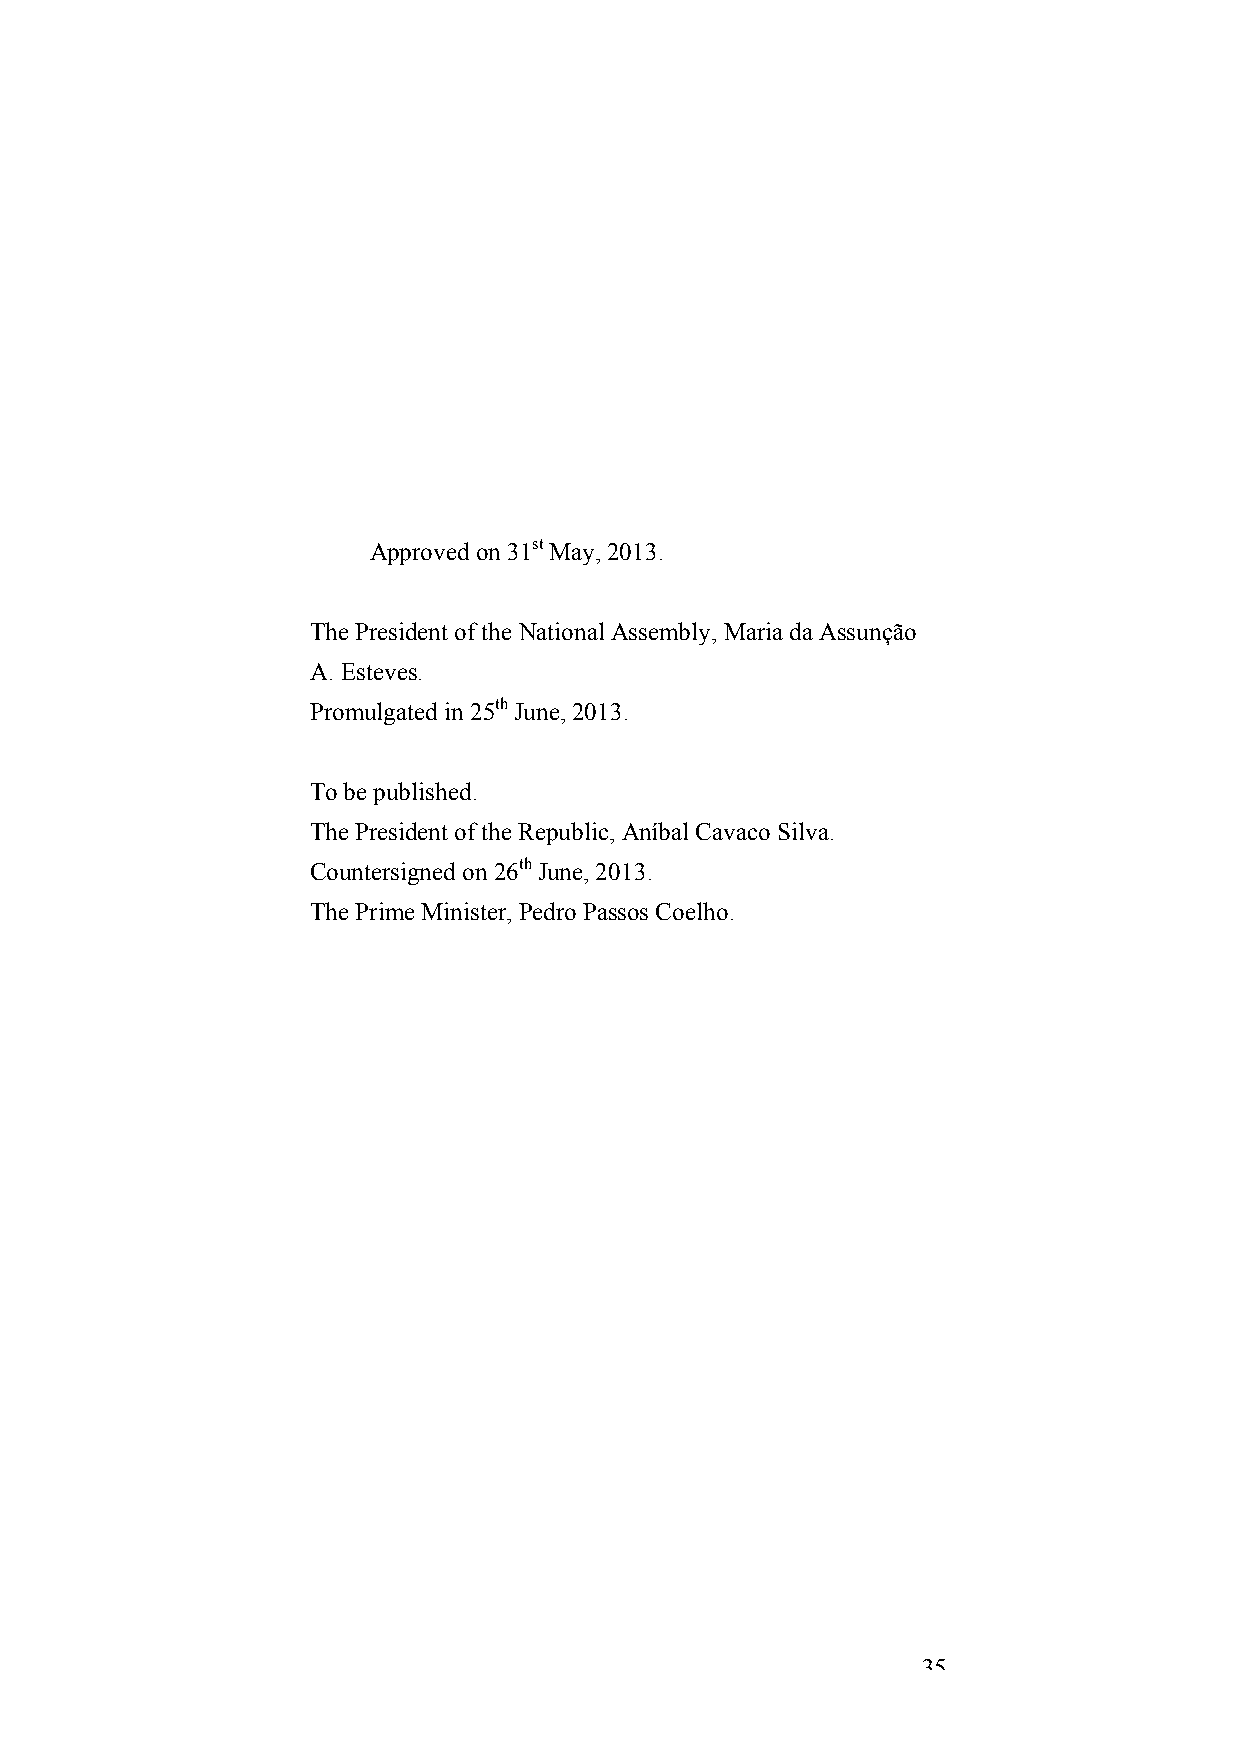
Approved on 31st May, 2013.
 The President of the National Assembly, Maria da Assunção
 A. Esteves.
 Promulgated in 25th June, 2013.
 To be published.
 The President of the Republic, Aníbal Cavaco Silva.
 Countersigned on 26th June, 2013.
 The Prime Minister, Pedro Passos Coelho.
 35